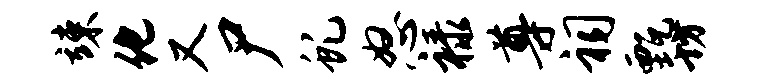
竦化又尸虬怒禄尊祠甄坊